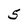
Character: 5